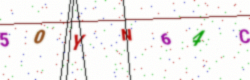
Text: 50YN64C